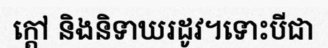
ក្តៅ និងនិទាឃរដូវ។ទោះបីជា